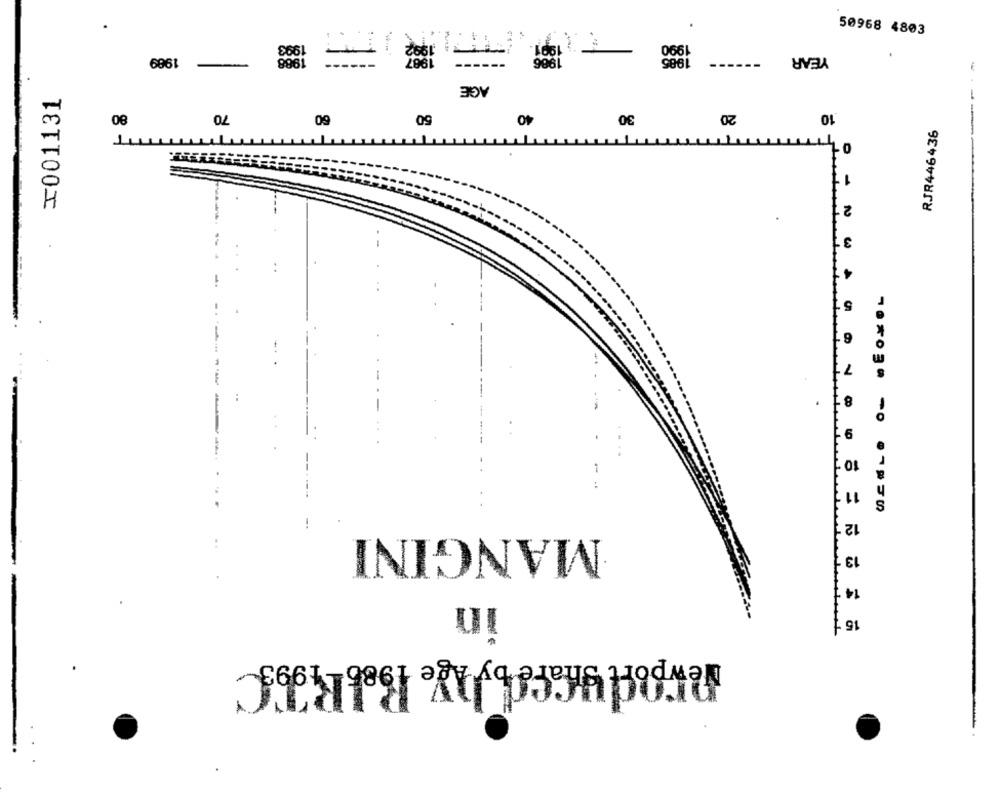
1992
50968 4803
1993
$ 1991.
1990
1988
1989
1986
1985
--
YEAR
-
AGE
I001131
80
70
60
50
40
30
20
10
AT
TT
RJR446436
2
3
-.
---
102030 -0 .90
MANGINI
in
............